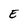
Character: E